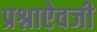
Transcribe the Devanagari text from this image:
प्रश्नाऐवजी